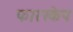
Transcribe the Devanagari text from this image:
फारस्केप